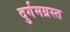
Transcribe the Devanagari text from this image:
दुर्गमग्रस्त